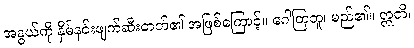
အနွယ်ကို နှိမ်နင်းဖျက်ဆီးတတ်၏ အဖြစ်ကြောင့်။ ဂေါတြဘူ၊ မည်၏။ ဣတိ၊